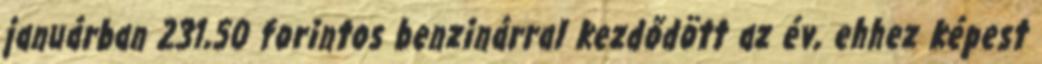
januárban 231,50 forintos benzinárral kezdődött az év, ehhez képest